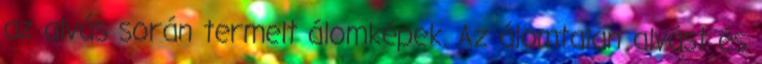
az alvás során termelt álomképek. Az álomtalan alvást és